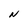
Character: N